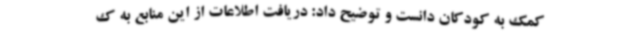
کمک به کودکان دانست و توضیح داد: دریافت اطلاعات از این منابع به ک